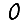
Digit: 0